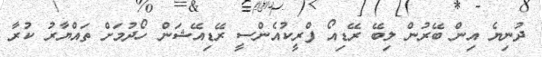
ދުނިޔެ އިން ބޭރުން ލިބޭ ރޭޑިއޯ ފްރީކުއެންސީ ރޭޑިއޭޝަން ހޯދުމަށް ތައްޔާރު ކުރާ